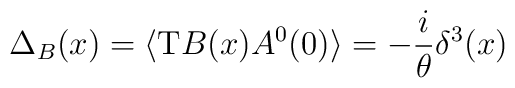
\Delta_B(x)=\langle {\rm T} B(x) A^0(0) \rangle = -\frac{i}{\theta} \delta^3(x)